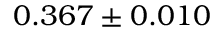
0 . 3 6 7 \pm 0 . 0 1 0